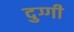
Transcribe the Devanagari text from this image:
दुग्गी